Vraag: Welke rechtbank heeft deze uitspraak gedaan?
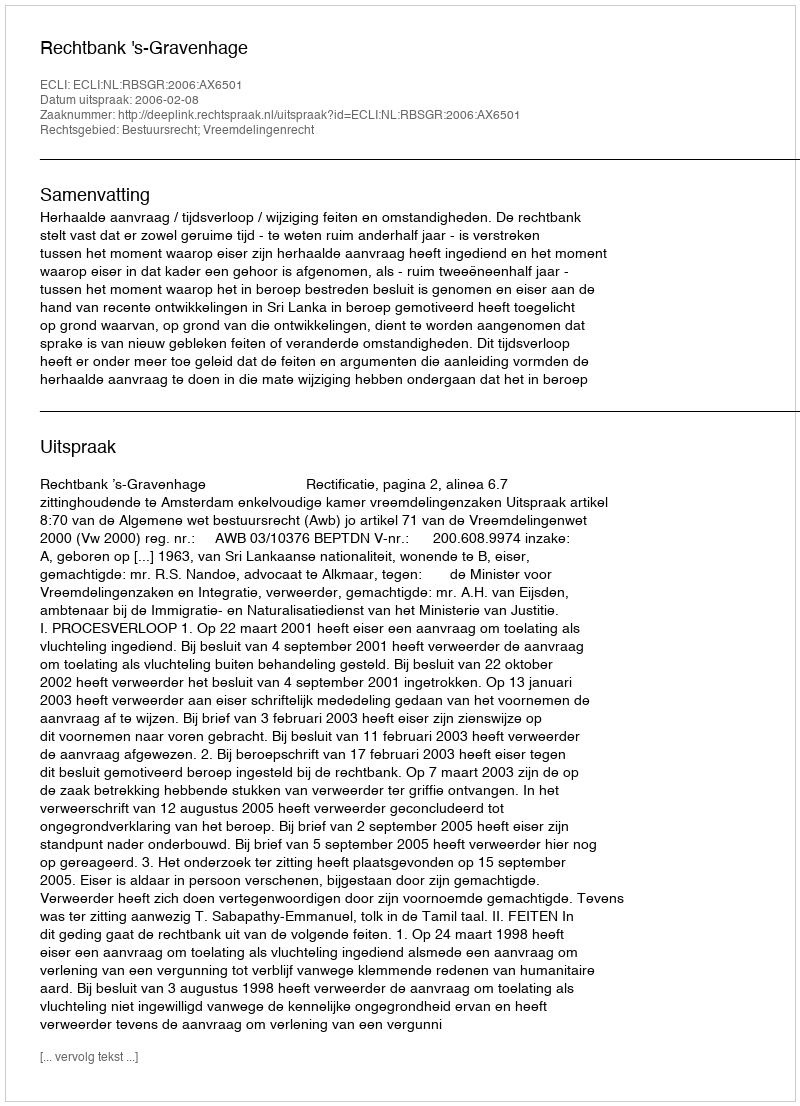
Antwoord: Rechtbank 's-Gravenhage